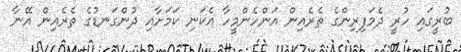
ބުރީގައި ހުރީ ދެމަފިރިންގެ ތެރެއިން އަންހެންމީހާ އެކަނި ކަމަށާއި ދުންގަނޑުގެ ތެރެއިން އޭނާ